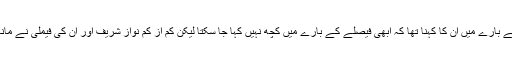
پاناما لیکس کے ممکنہ فیصلے کے بارے میں ان کا کہنا تھا کہ ابھی فیصلے کے بارے میں کچھ نہیں کہا جا سکتا لیکن کم از کم نواز شریف اور ان کی فیملی نے مانا ہے کہ لندن پراپرٹیاں ان کی ہیں۔